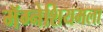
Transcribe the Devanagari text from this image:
मॅग्नेशियमला